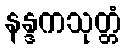
နန္ဒကသုတ္တံ